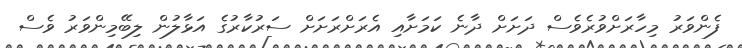
ފެންވަރު މިހާރަށްވުރެވެސް ދަށަށް ދާނެ ކަމަށާއި އެރަށްރަށަށް ސަރުކާރުގެ އަޅާލުން ލިބޭމިންވަރު ވެސް